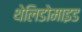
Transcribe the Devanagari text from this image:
थेलिडोमाइड